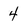
Character: 4